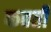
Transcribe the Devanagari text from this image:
फबती